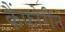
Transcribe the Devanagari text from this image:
कैंफोरीन